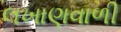
લખાણવાળી